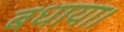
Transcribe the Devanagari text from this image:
बधाया।